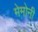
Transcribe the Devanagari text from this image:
मेमोनी